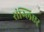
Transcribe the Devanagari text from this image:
संग्लिएर